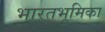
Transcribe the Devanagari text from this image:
भारतभूमिका